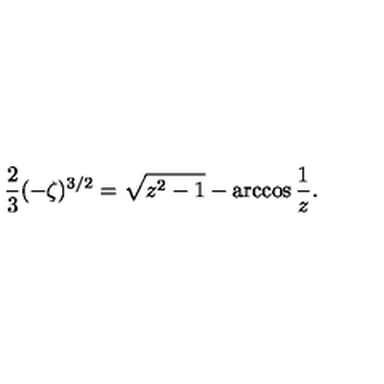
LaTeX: { \frac { 2 } { 3 } } ( - \zeta ) ^ { 3 / 2 } = \sqrt { z ^ { 2 } - 1 } - \arccos { \frac { 1 } { z } } .